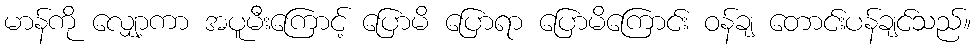
မာန်ကို လျှော့ကာ အပူမီးကြောင့် ပြောမိ ပြောရာ ပြောမိကြောင်း ဝန်ချ တောင်းပန်ချင်သည်။